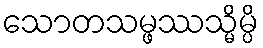
သောတသမ္ဖဿသ္မိမ္ပိ